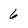
Character: 6